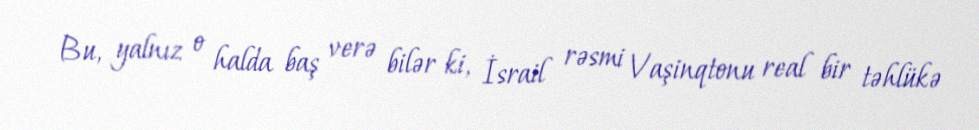
Bu, yalnız o halda baş verə bilər ki, İsrail rəsmi Vaşinqtonu real bir təhlükə